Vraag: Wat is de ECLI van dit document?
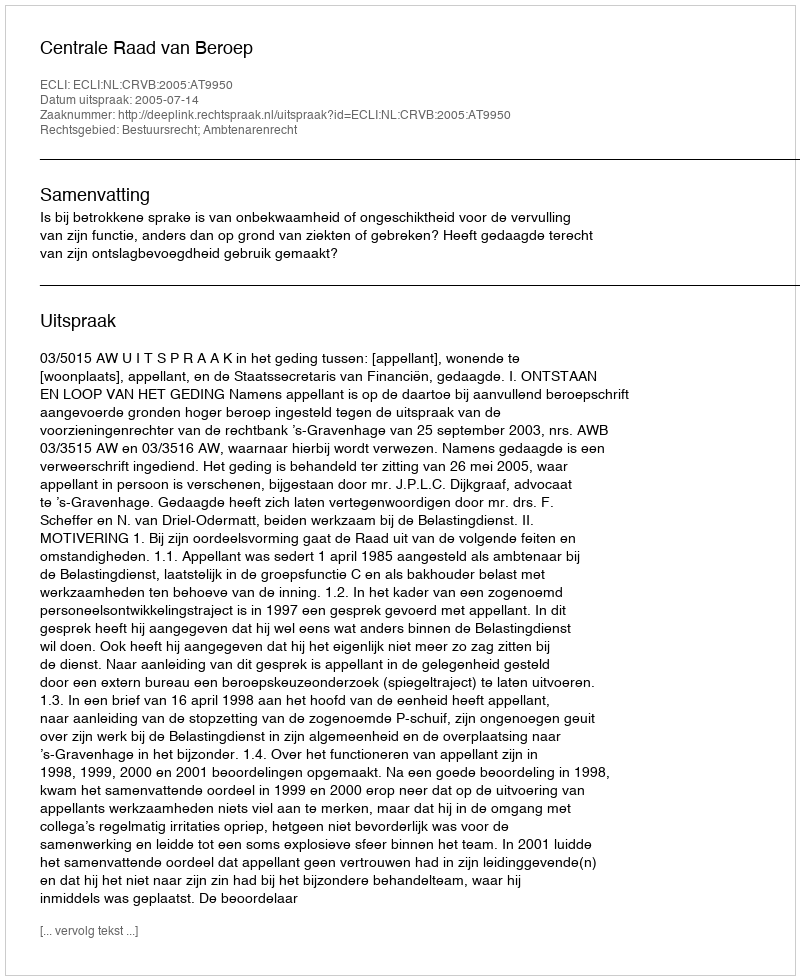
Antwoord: ECLI:NL:CRVB:2005:AT9950